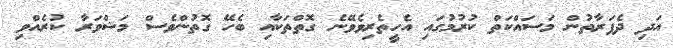
އަދި ދެފަރާތުން މަސައްކަތް ކުރުމުގައި އެހީތެރިވެވޭނެ ގޮތްތަކާއި ބެހޭ ގޮތުންވެސް މަޝްވަރާ ކުރެއްވި